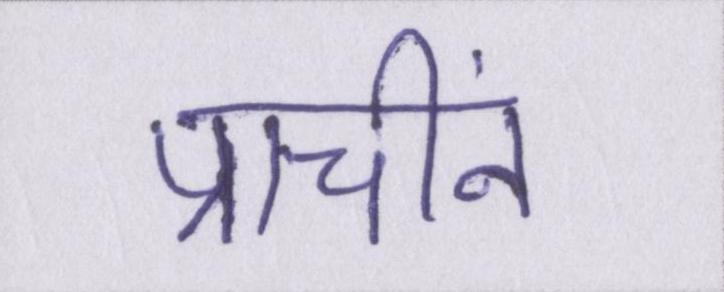
प्राचीनं